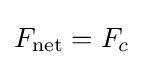
F_{\text{net}}=F_{c}